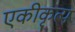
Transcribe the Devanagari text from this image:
एकीकृत्य